Rangoon Lunatic Asylum 1893-1897 - 1893-1897
Year: 1893
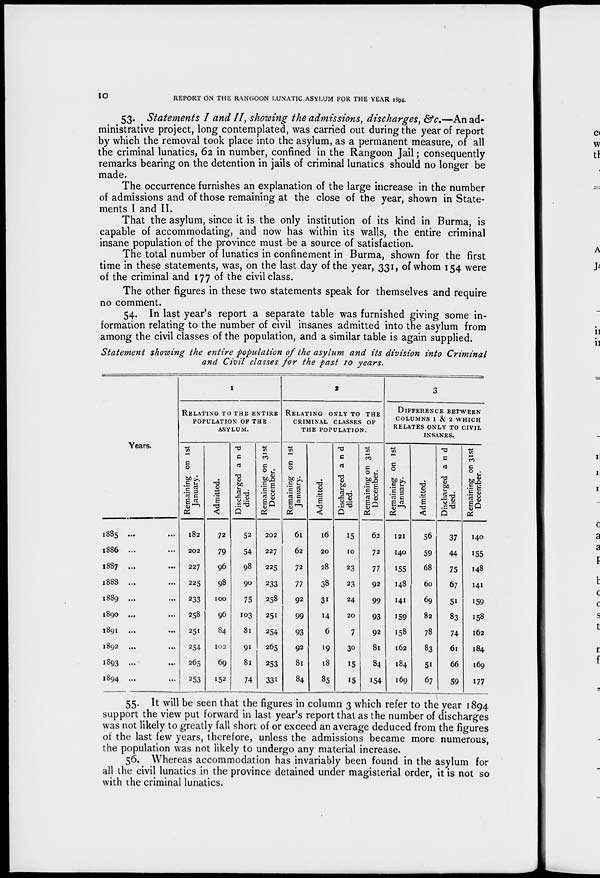
10
REPORT ON THE RANGOON LUNATIC ASYLUM FOR THE YEAR 1894.
53. Statements I and II, showing the admissions, discharges, &c.—Anad-
ministrative project, long contemplated, was carried out during the year of report
by which the removal took place into the asylum, as a permanent measure, of all
the criminal lunatics, 62 in number, confined in the Rangoon Jail; consequently
remarks bearing on the detention in jails of criminal lunatics should no longer be
made.
The occurrence furnishes an explanation of the large increase in the number
of admissions and of those remaining at the close of the year, shown in State-
ments I and II.
That the asylum, since it is the only institution of its kind in Burma, is
capable of accommodating, and now has within its walls, the entire criminal
insane population of the province must be a source of satisfaction.
The total number of lunatics in confinement in Burma, shown for the first
time in these statements, was, on the last day of the year, 331, of whom 154 were
of the criminal and 177 of the civil class.
The other figures in these two statements speak for themselves and require
no comment.
54. In last year's report a separate table was furnished giving some in-
formation relating to the number of civil insanes admitted into the asylum from
among the civil classes of the population, and a similar table is again supplied.
Statement showing the entire population of the asylum and its division into Criminal
and Civil classes for the past 10 years.
Years.
1885
...
...
1886 ... ...
1887
...
...
1888 ... ...
1889 ... ...
1890 ... ...
1891 ... ...
1892
...
...
1893 ... ...
1894 ... ...
1
RELATING TO THE ENTIRE
POPULATION OF THE
ASYLUM.
Remaining on 1st
January.
182
202
227
225
233
258
251
254
265
253
Admitted.
72
79
96
98
100
96
84
102
69
152
Discharged and
died.
52
54
98
90
75
103
81
91
81
74
Remaining on 31st
December.
202
227
225
233
258
251
254
265
253
331
2
RELATING ONLY TO THE
CRIMINAL CLASSES OF
THE POPULATION.
Remaining on 1st
January.
61
62
72
77
92
99
93
92
81
84
Admitted.
16
20
28
38
31
14
6
19
18
85
Discharged and
died.
15
10
23
23
24
20
7
30
15
15
Remaining on 31st
December.
62
72
77
92
99
93
92
81
84
154
3
DIFFRTENCE BETWEEN
COLUMNS 1 & 2 WHICH
RELATES ONLY TO CIVIL
INSANES.
Remaining on 1st
January.
121
140
155
148
141
159
158
162
184
169
Admitted.
56
59
68
60
69
82
78
83
51
67
Discharged and
died.
37
44
75
67
51
83
74
61
66
59
Remaining on 31st
December.
140
155
148
141
159
158
162
184
169
177
55. It will be seen that the figures in column 3 which refer to the year 1894
support the view put forward in last year's report that as the number of discharges
was not likely to greatly fall short of or exceed an average deduced from the figures
of the last few years, therefore, unless the admissions became more numerous,
the population was not likely to undergo any material increase.
56. Whereas accommodation has invariably been found in the asylum for
all the civil lunatics in the province detained under magisterial order, it is not so
with the criminal lunatics.